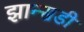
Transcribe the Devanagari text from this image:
झान्सडी